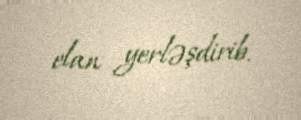
elan yerləşdirib.